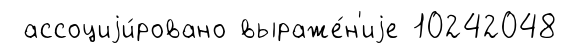
ассоциjи́ровано выраже́н'иjе 10242048